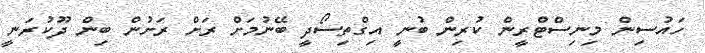
ހައުސިން މިނިސްޓްރީން ކުރިން ބުނީ އިގްތިސޯދީ ބޭނުމަށް ރަށް ރަށުން ބިން ދޫކުރަނީ